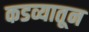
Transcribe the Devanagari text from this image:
कडव्यातून